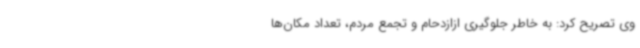
وی تصریح کرد: به خاطر جلوگیری ازازدحام و تجمع مردم، تعداد مکان‌ها